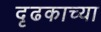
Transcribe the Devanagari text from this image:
दृढकाच्या